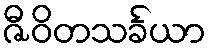
ဇီဝိတသင်္ခယာ